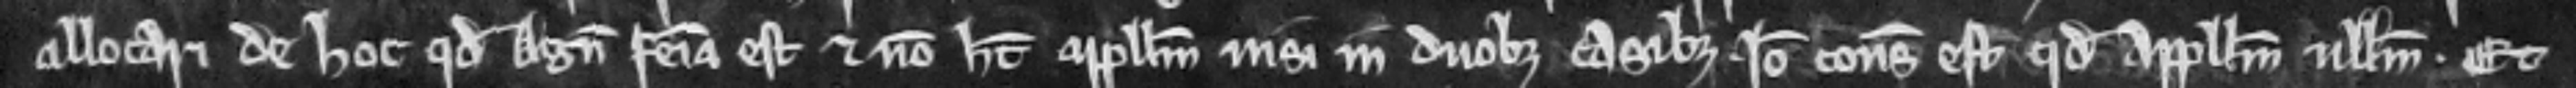
allocari de hoc quod Agnes femina est et non habet appellum nisi in duobus casibus. Ideo consideratum est quod appellum nullum. Et